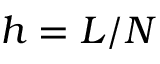
h = L / N